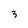
Character: 3